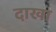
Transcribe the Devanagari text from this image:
दाखा